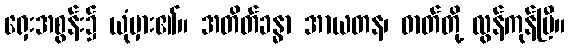
ရှေးအစွန်း၌ ယုံမှား၏။ အတိတ်ခန္ဓာ အာယတန၊ ဓာတ်တို့ လွန်ကုန်ပြီ။